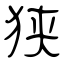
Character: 狭